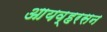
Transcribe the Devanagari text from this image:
आयव्हरसन